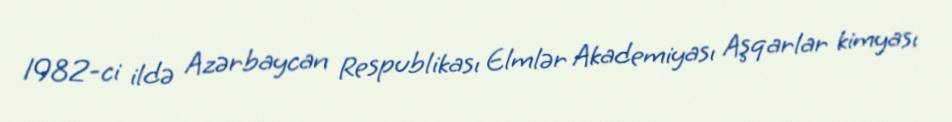
1982-ci ildə Azərbaycan Respublikası Elmlər Akademiyası Aşqarlar kimyası